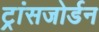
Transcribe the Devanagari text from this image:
ट्रांसजोर्डन